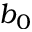
b _ { 0 }